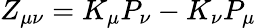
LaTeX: Z_{\mu\nu}=K_{\mu}P_{\nu}-K_{\nu}P_{\mu}